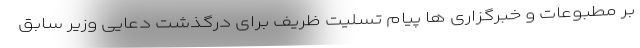
بر مطبوعات و خبرگزاری ها پیام تسلیت ظریف برای درگذشت دعایی وزیر سابق